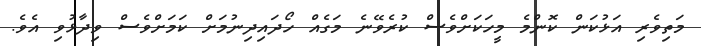
މަތިވެރި އަޅުކަން ކޮންމެ މީހަކަށްވެސް ކުރެވޭނެ މަގެއް ހޯދައިދިނުމަށް ކަމަށްވެސް ވިދާޅުވި އެވެ.